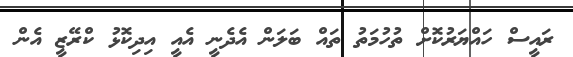
ރައީސް ހައްޔަރުކޮށް ތުހުމަތު ތައް ބަލަން އެދެނީ އެއީ އިދިކޮޅު ކްރޭޒީ އެން